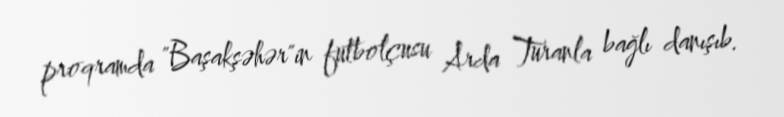
proqramda "Başakşəhər"in futbolçusu Arda Turanla bağlı danışıb.